Naisuhingud, lk 86
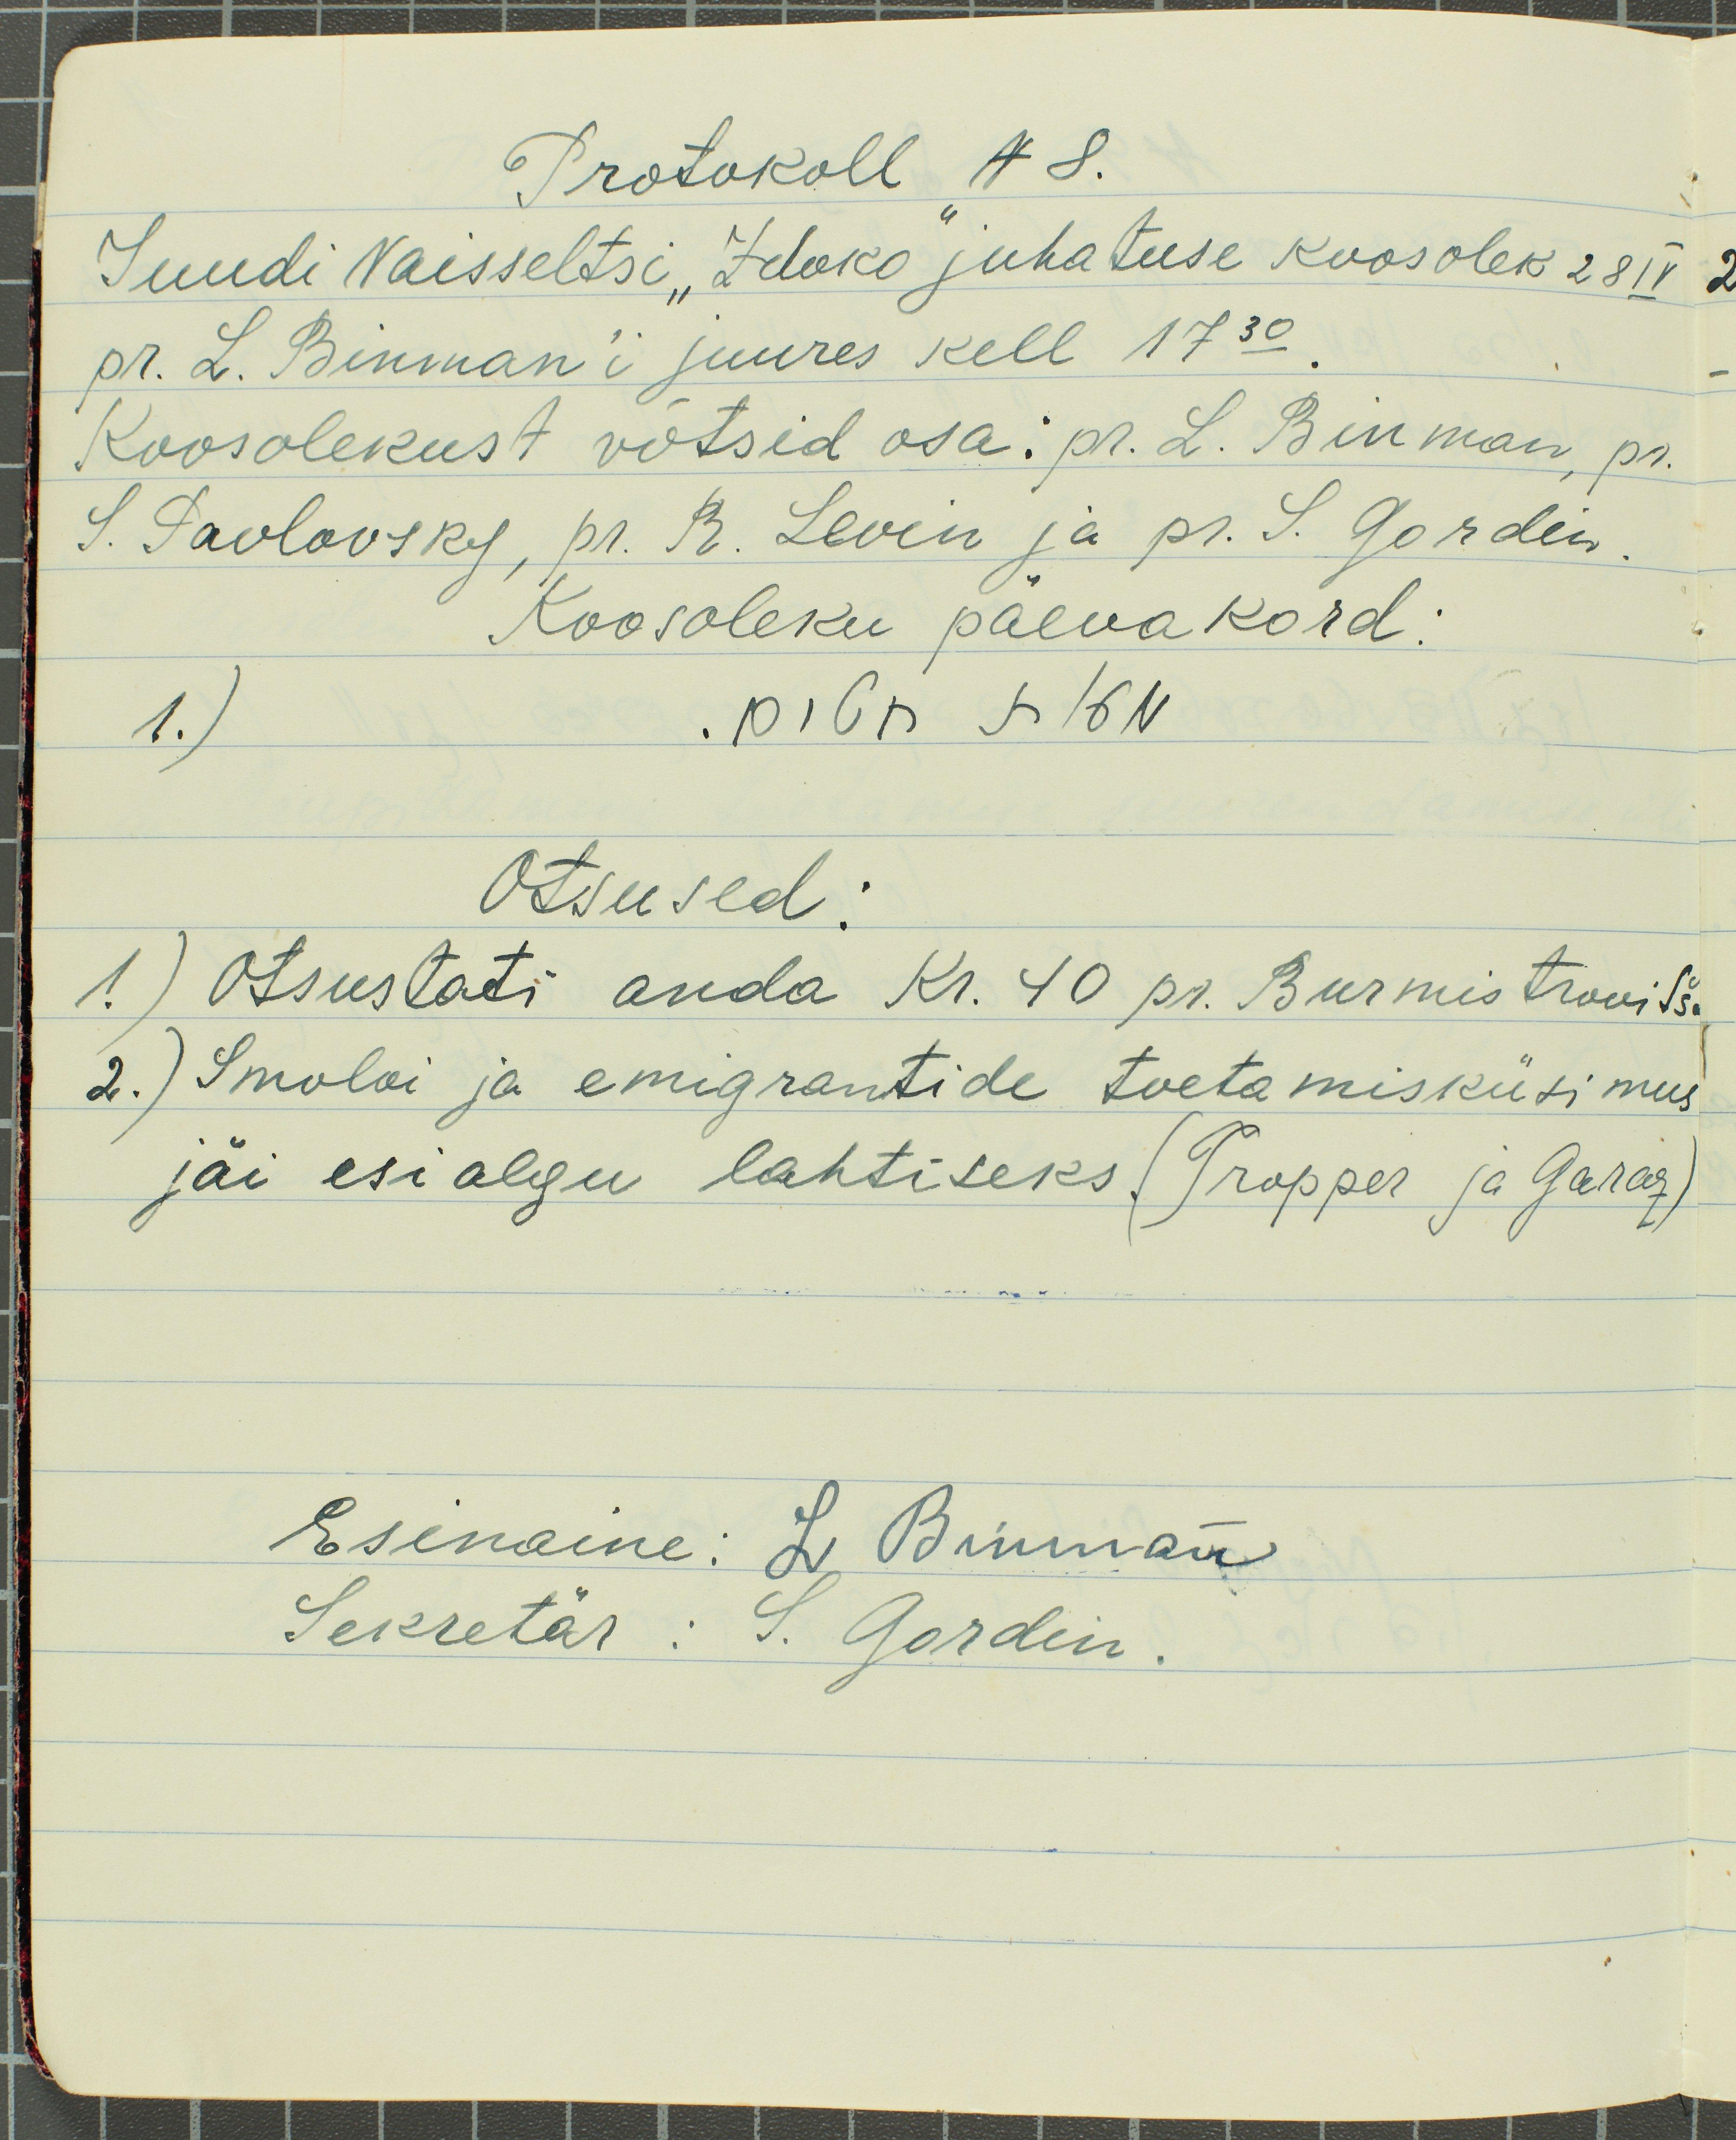
Protokoll N8.
Juudi Naisseltsi "Zdoko" juhatuse koosolek 28 IV
pr. L. Binman'i juures kell 17.30
Koosolekust võtsid osa: pr. L. Binman, pr.
S. Pavlovsky, pr. R. Levin ja pr. S. Gordin.
Koosoleku päevakord:
1.)
pidu LKN
Otsused:
1.) Otsustati anda Kr. 40 pr. Burmistrovitš.
2.) Smoloi ja emigrantide toetamisküsimus
jäi esialgu lahtiseks. (Propper ja Garaz)
Esinaine: L. Binman
Sekretär: S. Gordin.